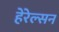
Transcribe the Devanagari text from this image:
हेरेल्सन